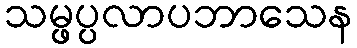
သမ္ဖပ္ပလာပဘာသေန